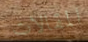
المقالات